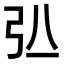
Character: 𢎲